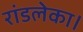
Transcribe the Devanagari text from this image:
रांडलेका।